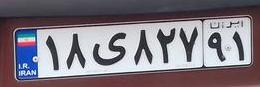
۱۸ی۸۲۷۹۱